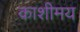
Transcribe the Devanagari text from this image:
काशीमय